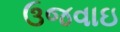
ઉજવાઇ